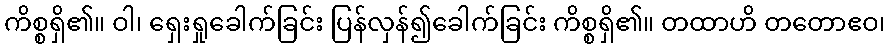
ကိစ္စရှိ၏။ ဝါ၊ ရှေးရှုခေါက်ခြင်း ပြန်လှန်၍ခေါက်ခြင်း ကိစ္စရှိ၏။ တထာဟိ တတောဧဝ၊